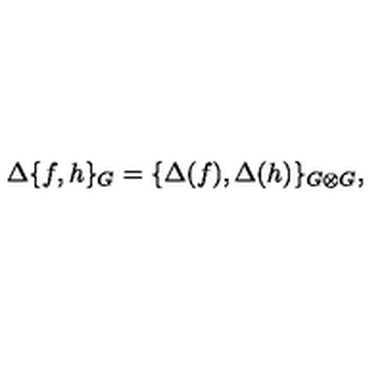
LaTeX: \Delta \{ f , h \} _ { G } = \{ \Delta ( f ) , \Delta ( h ) \} _ { G \otimes G } ,